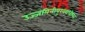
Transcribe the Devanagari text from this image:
उज्जयिनीपुरवराधीश्वर